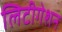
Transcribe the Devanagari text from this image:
लिटीगेशन